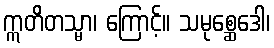
ဣတိတသ္မာ၊ ကြောင့်။ သမုစ္ဆေဒေါ၊